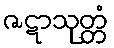
ဇဋာသုတ္တံ